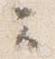
云